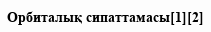
Орбиталық сипаттамасы[1][2]